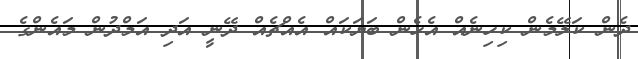
ދެން ކަލޭމެން ކިހިނެއް އެހެން ބަޔަކައް އެއްޗެއް ދޭނީ އަދި އަމްދުން މައެންގެ